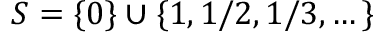
S = \{ 0 \} \cup \{ 1 , 1 / 2 , 1 / 3 , \dots \}